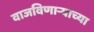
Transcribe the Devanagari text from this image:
वाजविणाऱ्याच्या